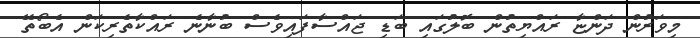
މިވަރުން ދަންޏާ ރައްޔިތުން ބޮލުގައި ބަޑި ޖައްސާފައިވެސް ބުނާނެ ރައްކާތެރިކަން އެބޯތޭ